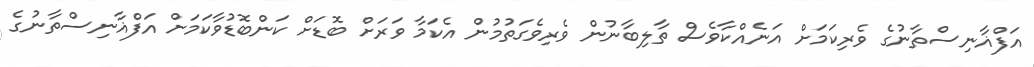
އަފްޣާނިސްތާނުގެ ވެރިކަމަށް އަނެއްކާވެސް ތާލިބާނުން ވެރިވެގަތުމުން އެކަމާ ވަރަށް ބޮޑަށް ކަންބޮޑުވާކަމަށް އަފްޣާނިސްތާނުގެ